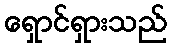
ရှောင်ရှားသည်